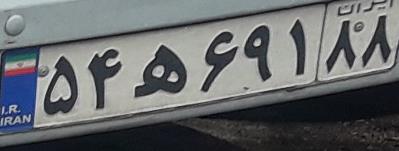
۵۴ه۶۹۱۸۸